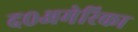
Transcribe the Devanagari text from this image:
द०अमेरिका